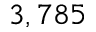
3 , 7 8 5